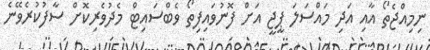
ނިމިއްޖެތޯ އާއި އަދި މައްސަލަ ޕީޖީ އަށް ފޮނުވައިފިތޯ ވެބްސައިޓް މެދުވެރިކޮށް ސާފުކުރެވޭނެ